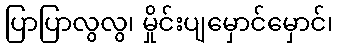
ပြာပြာလွလွ၊ မှိုင်းပျမှောင်မှောင်၊